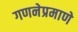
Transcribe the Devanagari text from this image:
गणनेप्रमाणे